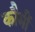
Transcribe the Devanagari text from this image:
कौमीं